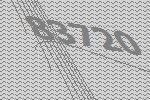
83720